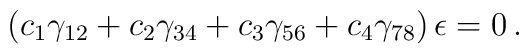
(c_1\gamma_{12}+c_2\gamma_{34}+c_3\gamma_{56}    +c_4\gamma_{78})\,\epsilon = 0\,.